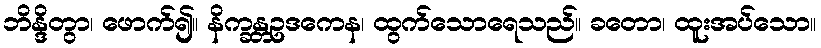
ဘိန္ဒိတွာ၊ ဖောက်၍။ နိက္ခန္တဥဒကေန၊ ထွက်သောရေသည်။ ခတော၊ ထူးအပ်သော။